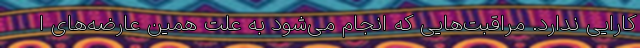
کارایی ندارد. مراقبت‌هایی که انجام می‌شود به علت همین عارضه‌های ا